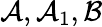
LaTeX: \mathcal{A},\mathcal{A}_{1},\mathcal{B}